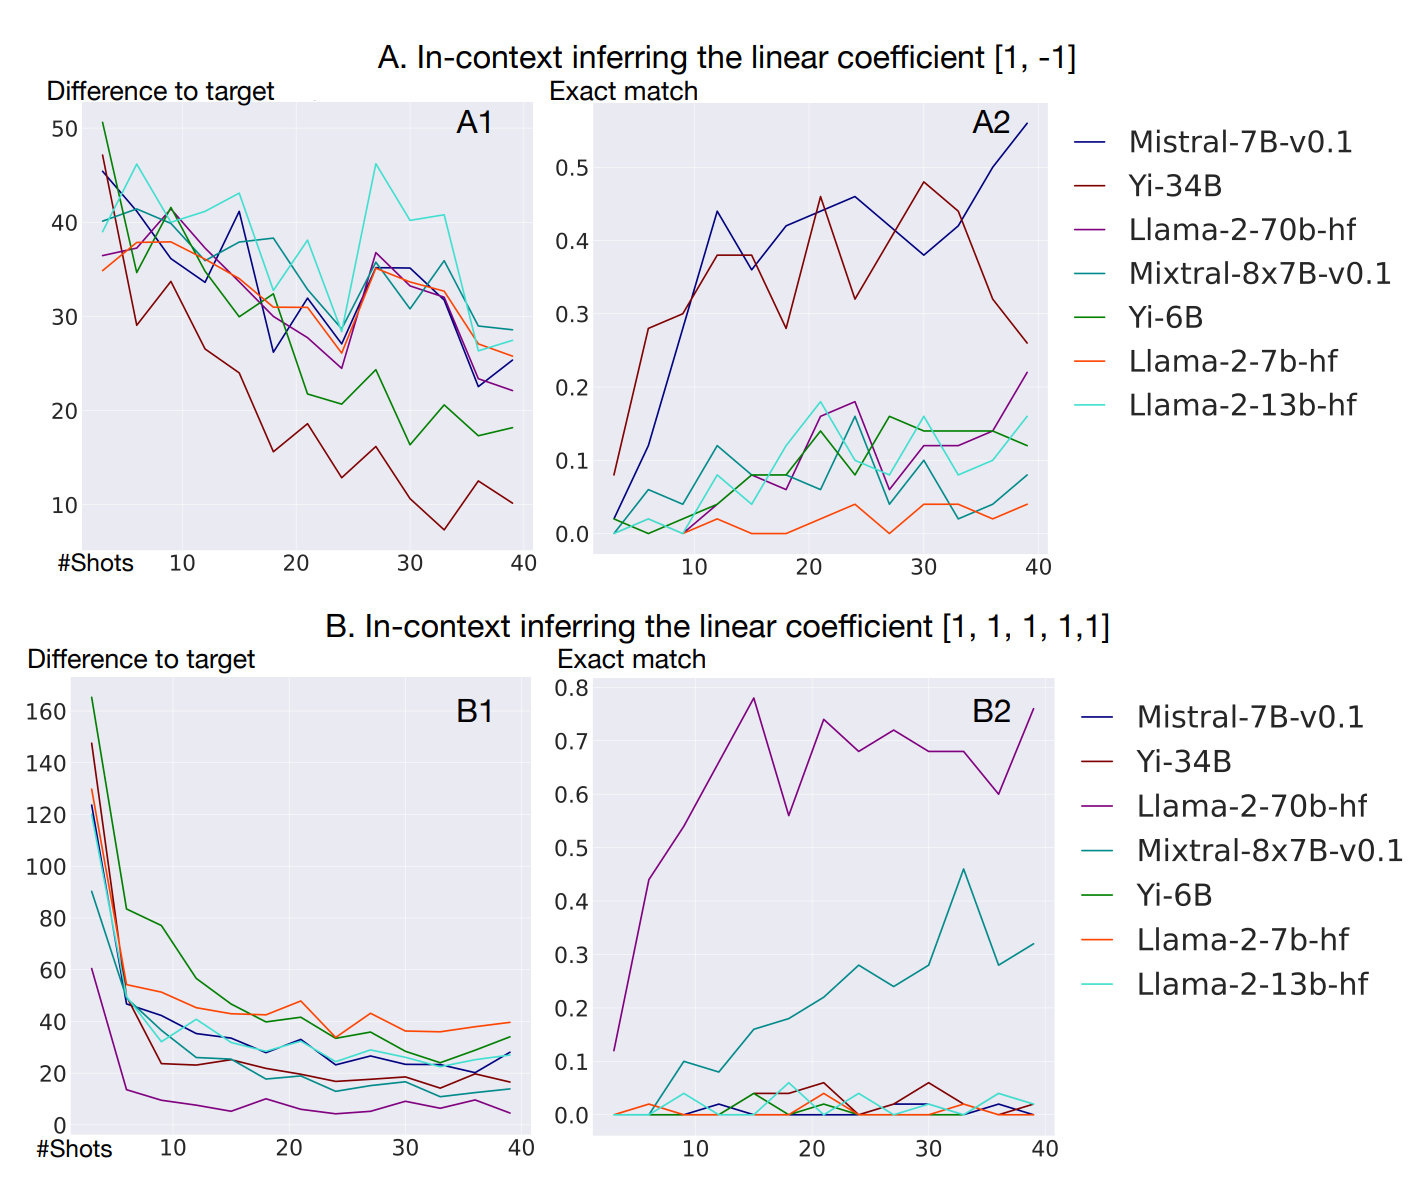
python, seaborn, lineplot, subplots